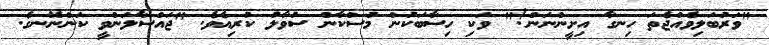
"ވަރުބަލިވެއްޖެތަ ހިނގާ އިށީންނަން!" ވަކި ހިސާބަކުން މުސްކާން ސުވާލު ކުރިއެވެ. "ޖައްސާލަންވީ ކަންނޭނގެ.